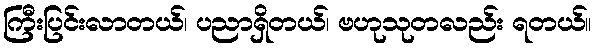
ကြီးပြင်းလာတယ်၊ ပညာရှိတယ်၊ ဗဟုသုတလည်း ရတယ်။